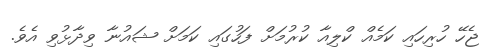
ޖެހޭ ހުރިހައި ކަމެއް ކްލިއާ ކުރުމަށް ފަހުގައި ކަމަށް ޝައުނާ ވިދާޅުވި އެވެ.